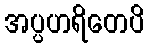
အပ္ပဟရိတေပိ